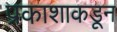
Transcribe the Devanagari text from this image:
प्रकाशाकडून